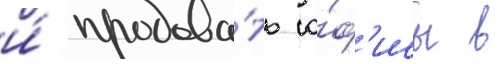
и́ продава́ть о́ф'исы в